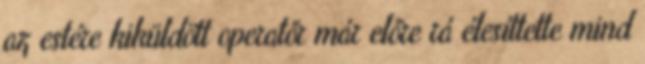
az estére kiküldött operatőr már előre rá élesíttette mind